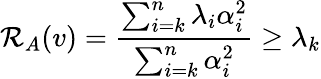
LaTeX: \mathcal{R}_{A}(v)={\frac{{\sum_{i=k}^{n}\lambda_{i}\alpha_{i}^{2}}}{{\sum_{i=k}^{n}\alpha_{i}^{2}}}}\geq\lambda_{k}